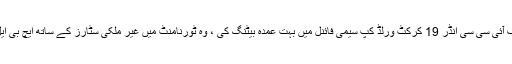
اینڈی فلاور نے کہا روحیل نے بھارت کے خلاف آئی سی سی انڈر 19 کرکٹ ورلڈ کپ سیمی فائنل میں بہت عمدہ بیٹنگ کی ، وہ ٹورنامنٹ میں غیر ملکی سٹارز کے ساتھ ایچ بی ایل پی ایس ایل کھیل کر بہت کچھ سیکھ پائیں گے۔